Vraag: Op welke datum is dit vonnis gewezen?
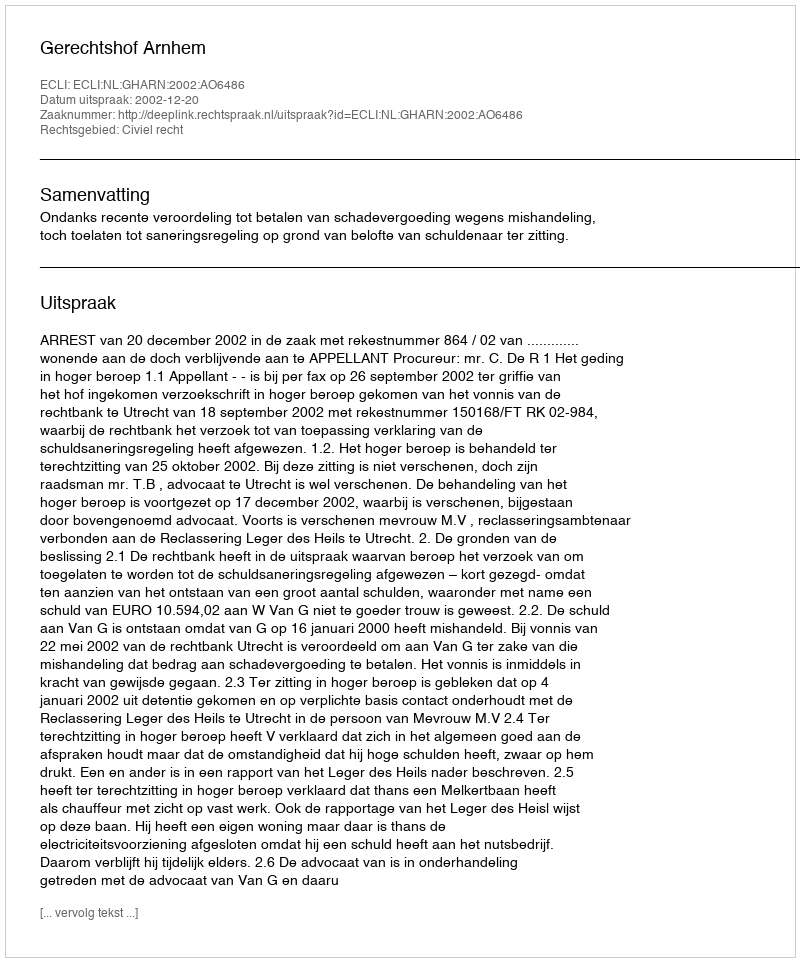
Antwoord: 2002-12-20